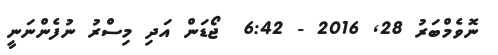
ނޮވެމްބަރު 28